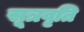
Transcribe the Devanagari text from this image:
सूत्रवृति